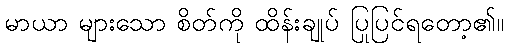
မာယာ များသော စိတ်ကို ထိန်းချုပ် ပြုပြင်ရတော့၏။